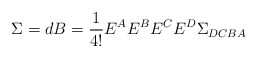
\begin{align*}\Sigma = dB = \frac{1}{4!}E^{A}E^{B}E^{C}E^{D}\Sigma_{DCBA}\end{align*}